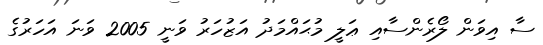
ސާ އިވަން ލޯރެންސާއި ޢަލީ މުޙައްމަދު އަޒުހަރު ވަނީ 2005 ވަނަ އަހަރުގެ